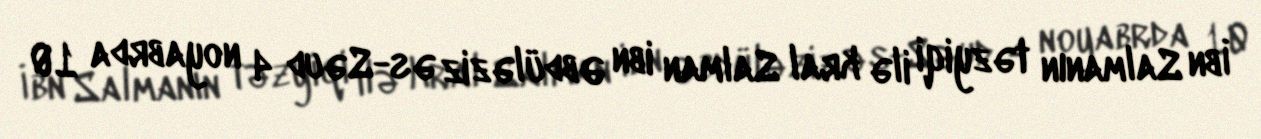
İbn Salmanın təzyiqi ilə kral Salman ibn Əbdüləziz əs-Səud 4 noyabrda 10